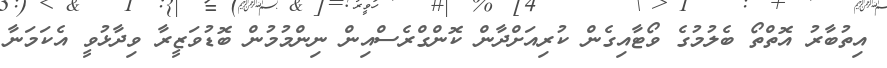
އިތުބާރު އޮތްތޯ ބެލުމުގެ ވޯޓާއިގެން ކުރިއަށްދާން ކޮންގްރެސްއިން ނިންމުމުން ބޮޑުވަޒީރާ ވިދާޅުވީ އެކަމަނާ